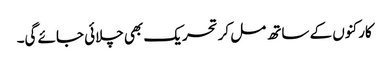
کارکنوں کے ساتھ مل کر تحریک بھی چلائی جائے گی۔